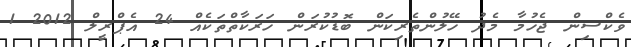
ވެކްސިން ޖެހުމާ މެދު ހޭލުންތެރިކަން ބޮޑުކުރަން ހަރަކާތްތަކެއް 24 އެޕްރީލް 2012 1